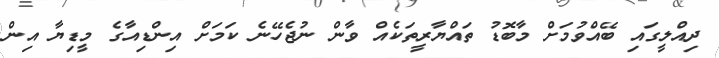
ދިއްލީގައި ބޭއްވުމަށް މާބޮޑު ތައްޔާރީތަކެއް ވާން ނުޖެހޭނެ ކަމަށް އިންޑިއާގެ މީޑިޔާ އިން